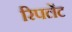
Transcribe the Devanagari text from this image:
रिपलेंट